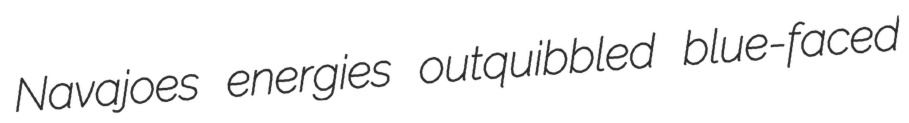
Navajoes energies outquibbled blue-faced